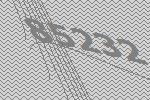
85232